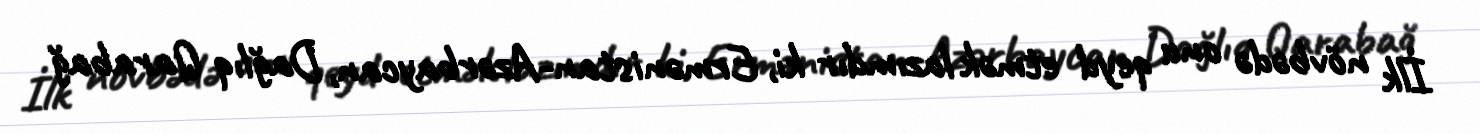
İlk növbədə onu qeyd etmək lazımdır ki, Ermənistan-Azərbaycan, Dağlıq Qarabağ